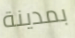
بمدينة